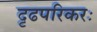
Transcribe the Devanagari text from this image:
दृढपरिकरः